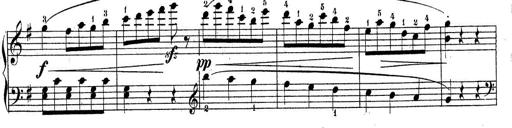
Title: Sonatine No.3
Composer: Peter Piel
Key: D major